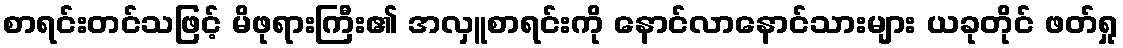
စာရင်းတင်သဖြင့် မိဖုရားကြီး၏ အလှူစာရင်းကို နောင်လာနောင်သားများ ယခုတိုင် ဖတ်ရှု